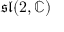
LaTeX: { \mathfrak { s l } } ( 2 , \mathbb { C } )